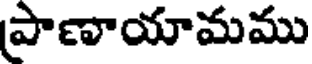
పాణాయామము